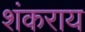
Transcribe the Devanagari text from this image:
शंकराय